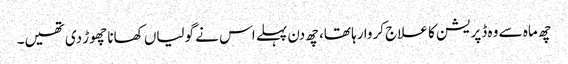
چھ ماہ سے وہ ڈپریشن کا علاج کروا رہا تھا، چھ دن پہلے اس نے گولیاں کھانا چھوڑ دی تھیں۔